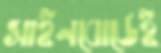
সাইনবোর্ডেই